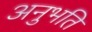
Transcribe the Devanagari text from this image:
अनुभति